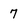
Character: 7